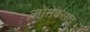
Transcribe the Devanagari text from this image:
लोमेक्साइ